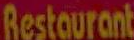
Restaurant